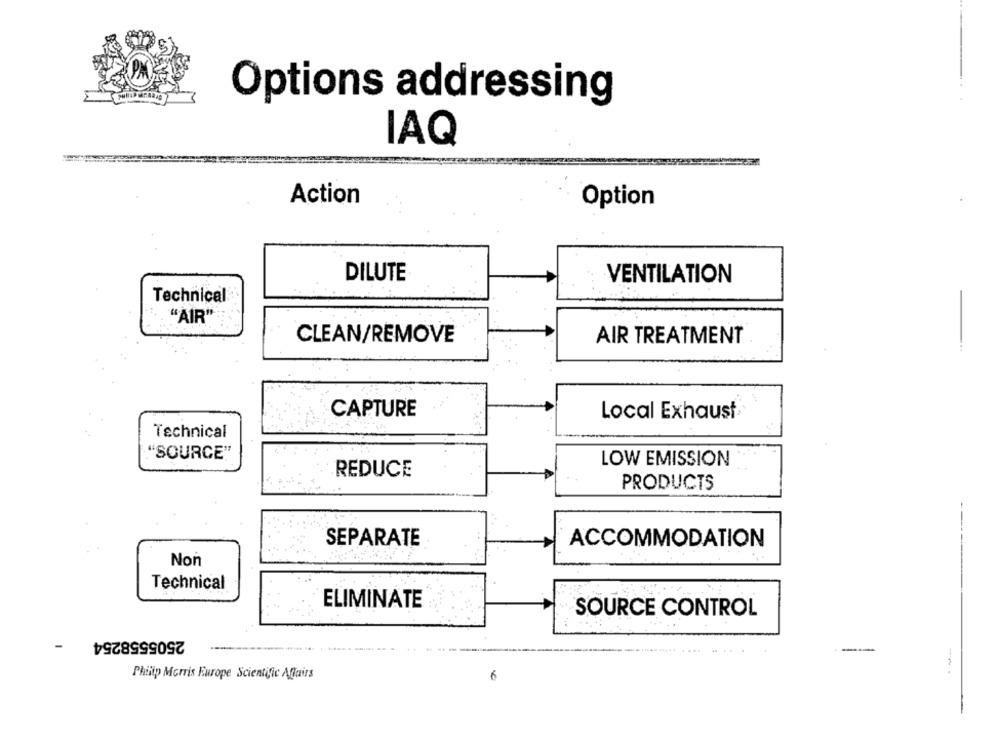
Options addressing
IAQ
Action
Option
DILUTE
VENTILATION
Technical
"AIR"
CLEAN/REMOVE
AIR TREATMENT
CAPTURE
Local Exhaust
Technical
"SOURCE"
LOW EMISSION
REDUCE
PRODUCTS
SEPARATE
ACCOMMODATION
Non
Technical
ELIMINATE
SOURCE CONTROL
2505558254
-
-
Philip Morris Europe Scientific Affairs
6